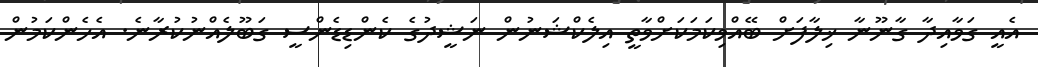
އެއީ ގަވާއިިދާ ގާނޫނާ ޚިލާފަށް ބޭއްވިކަމަކަށްވާތީ އިލެކްޝަނުން ނަޝީދުގެ ކެންޑިޑެންސީ ގަބޫލެއްނުކުރާނެ. އެހެންކަމުން